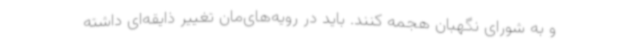
و به شورای نگهبان هجمه کنند. باید در رویه‌های‌مان تغییر ذایقه‌ای داشته